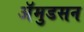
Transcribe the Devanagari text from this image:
अॅमुडसन